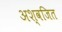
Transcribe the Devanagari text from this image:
अश्वजित